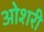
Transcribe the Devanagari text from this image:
ओशरी